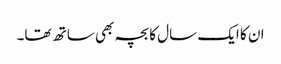
ان کا ایک سال کا بچہ بھی ساتھ تھا۔